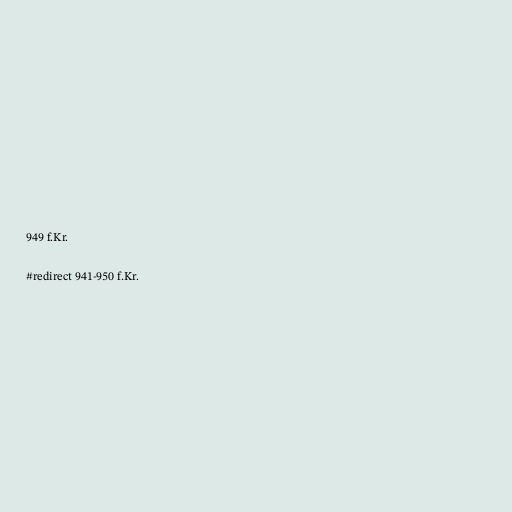
949 f.Kr.

#redirect 941-950 f.Kr.